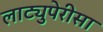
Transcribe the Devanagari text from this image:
लाट्युपेरीसा